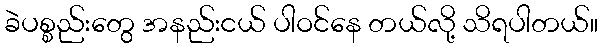
ခဲပစ္စည်းတွေ အနည်းငယ် ပါဝင်နေ တယ်လို့ သိရပါတယ်။